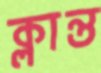
ক্লান্ত